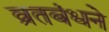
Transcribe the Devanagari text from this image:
व्रतबंधने